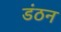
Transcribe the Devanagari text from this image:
डंठन